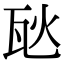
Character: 𪼸